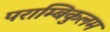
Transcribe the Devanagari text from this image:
पराम्बिकुलम